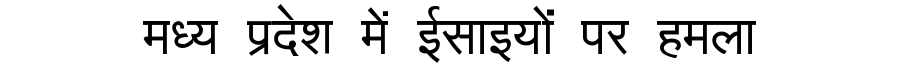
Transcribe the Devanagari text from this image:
मध्य प्रदेश में ईसाइयों पर हमला